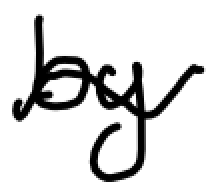
Text: by
Cross-out: wave
Writing tool: digital_black